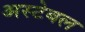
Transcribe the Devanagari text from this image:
अस्टेबल